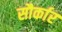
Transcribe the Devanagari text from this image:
सौर्कार